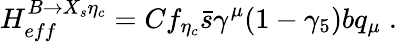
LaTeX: H_{eff}^{B\to X_{s}\eta_{c}}=Cf_{\eta_{c}}\bar{s}\gamma^{\mu}(1-\gamma_{5})bq_{\mu}\; .